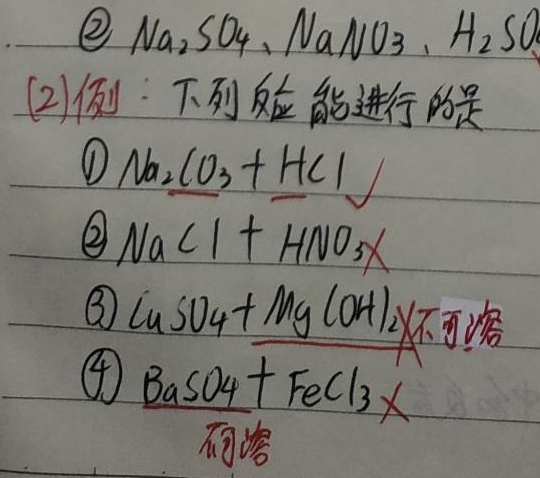
\(
\begin{align*}
&\textcircled{2}\ Na_{2}SO_{4}、NaNO_{3}、H_{2}SO_{4}\\
&(2)\text{例：下列反应能进行的是}\\
&\textcircled{1}Na_{2}CO_{3}+HCl\ \checkmark\\
&\textcircled{2}NaCl + HNO_{3}\times\\
&\textcircled{3}CuSO_{4}+Mg(OH)_{2}\times\text{（不可溶）}\\
&\textcircled{4}BaSO_{4}+FeCl_{3}\times\\
&\ \ \ \ \ \ \ \ \ \ \ \ \ \ \ \ \ \ \ \ \ \text{（不溶）}
\end{align*}
\)